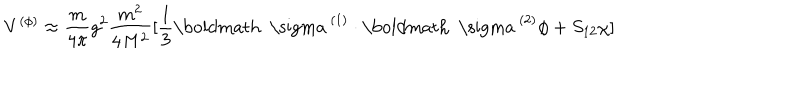
V ^ { ( \phi ) } \approx \frac { m } { 4 \pi } g ^ { 2 } \frac { m ^ { 2 } } { 4 M ^ { 2 } } [ \frac { 1 } { 3 } \mathrm { \boldmath ~ \ s i g m a ~ } ^ { ( 1 ) } \cdot \mathrm { \boldmath ~ \ s i g m a ~ } ^ { ( 2 ) } \phi + S _ { 1 2 } \chi ]